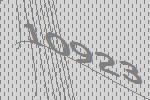
10923